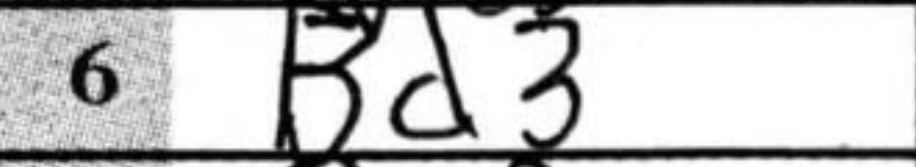
Transcription: Bd3